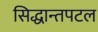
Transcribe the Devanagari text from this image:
सिद्धान्तपटल